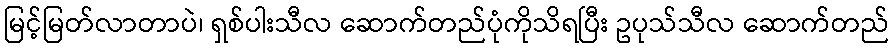
မြင့်မြတ်လာတာပဲ၊ ရှစ်ပါးသီလ ဆောက်တည်ပုံကိုသိရပြီး ဥပုသ်သီလ ဆောက်တည်